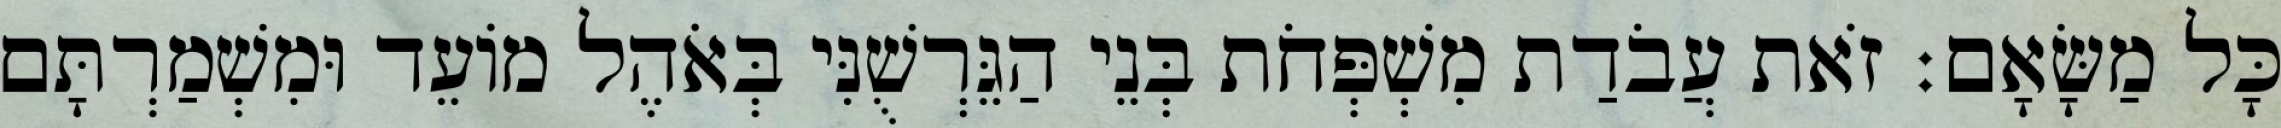
כָּל מַשָּׂאָם׃ זֹאת עֲבֹדַת מִשְׁפְּחֹת בְּנֵי הַגֵּרְשֻׁנִּי בְּאֹהֶל מוֹעֵד וּמִשְׁמַרְתָּם